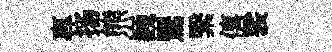
專扬熊巍鸎繄僖裟